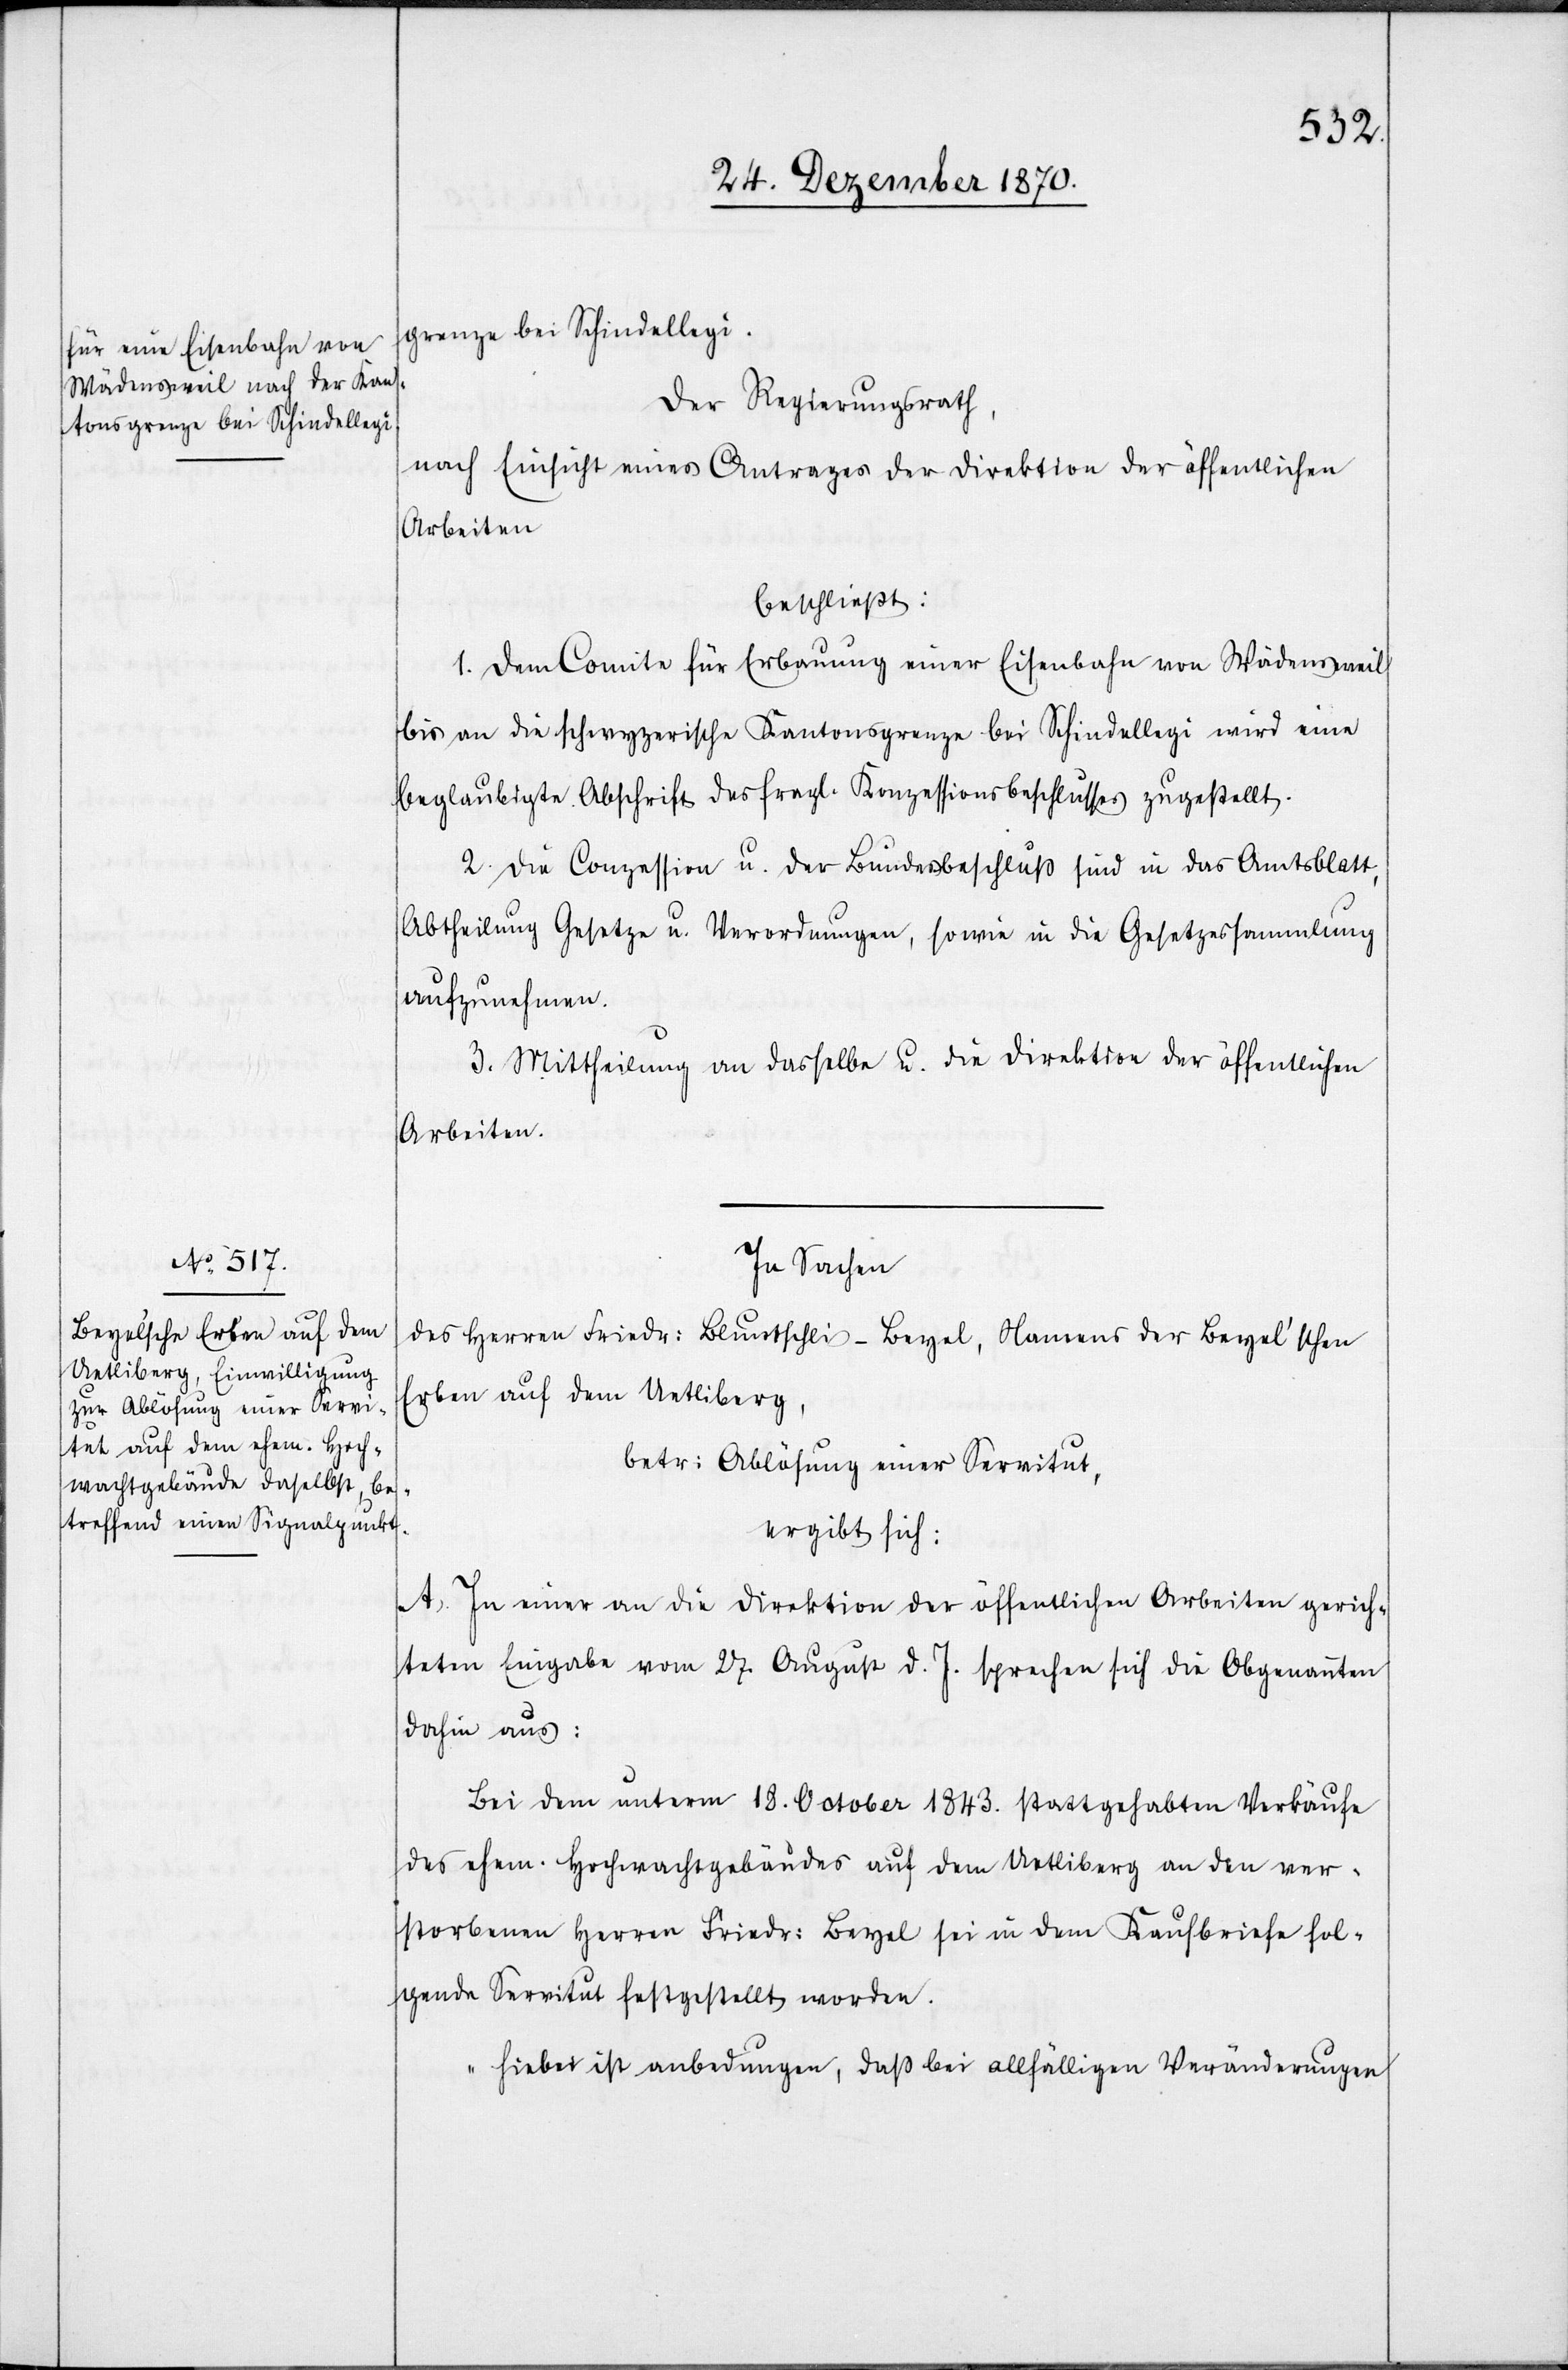
grenze bei Schindellegi.
Der Regierungsrath,
nach Einsicht eines Antrages der Direktion der öffentlichen
Arbeiten
beschließt:
1. Dem Comite für Erbauung einer Eisenbahn von Wädensweil
bis an die schwyzerische Kantonsgrenze bei Schindellegi wird eine
beglaubigte Abschrift des fragl. Konzessionsbeschlusses zugestellt.
2. Die Conzession u. der Bundesbeschluß sind in das Amtsblatt,
Abtheilung Gesetze u. Verordnungen, sowie in die Gesetzessammlung
aufzunehmen.
3. Mittheilung an dasselbe u. die Direktion der öffentlichen
Arbeiten.
In Sachen
des Herren Friedr: Bluntschli-Beyel, Namens der Beyel’schen
Erben auf dem Uetliberg,
betr: Ablösung einer Servitut,
ergibt sich:
A. In einer an die Direktion der öffentlichen Arbeiten gerich¬
teten Eingabe vom 27. August d. J. sprechen sich die Obgenannten
dahin aus:
Bei dem unterm 18. October 1843. stattgehabten Verkäufe
des ehem. Hochwachtgebäudes auf dem Uetliberg an den ver¬
storbenen Friedr: Beyel sei in dem Kaufbriefe fol¬
gende Servitut festgestellt worden.
„Hiebei ist anbedungen, daß bei allfälligen Veränderungen